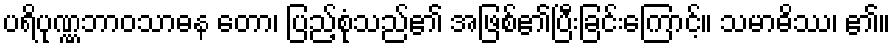
ပရိပုဏ္ဏဘာဝသာဓန တော၊ ပြည့်စုံသည်၏ အဖြစ်၏ပြီးခြင်းကြောင့်။ သမာဓိဿ၊ ၏။